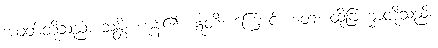
အဝတ်တို့သည်။ သန္တိ၊ ကုန်၏။ ဣတိ၊ ကြောင့်။ တေ၊ ထိုဗြဟ္မာတို့သည်။